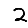
Digit: 2